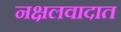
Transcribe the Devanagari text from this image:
नक्षलवादात